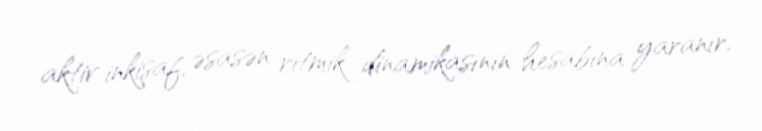
aktiv inkişaf, əsasən ritmik dinamikasının hesabına yaranır.